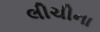
લીચીના